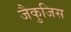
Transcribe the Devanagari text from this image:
जैकुजिस